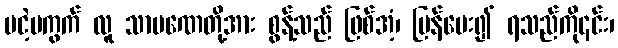
မငဲ့မကွက် လူ သာမဏေတို့အား စွန့်သည် ဖြစ်အံ့၊ ပြန်ပေး၍ ရသည်ကို၎င်း၊